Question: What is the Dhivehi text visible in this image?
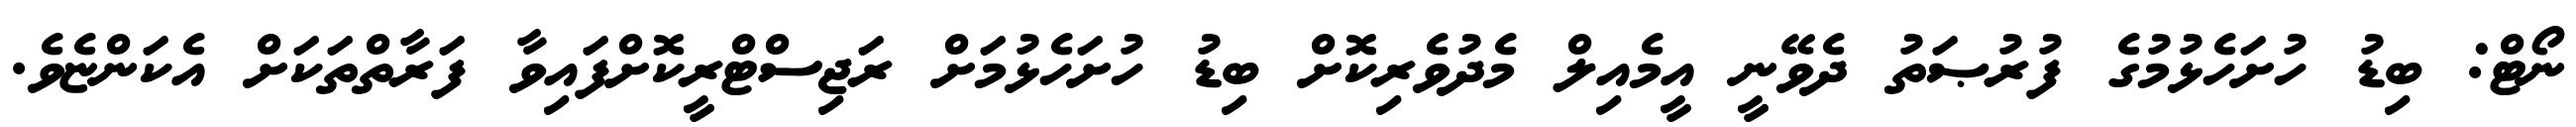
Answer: ނޯޓް: ބިޑު ހުށަހެޅުމުގެ ފުރުޞަތު ދެވޭނީ އީމެއިލް މެދުވެރިކޮށް ބިޑު ހުށަހެޅުމަށް ރަޖިސްޓްރީކޮށްފައިވާ ފަރާތްތަކަށް އެކަންޏެވެ.